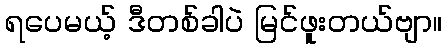
ရပေမယ့် ဒီတစ်ခါပဲ မြင်ဖူးတယ်ဗျာ။